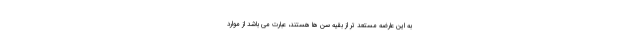
به این عارضه مستعد تر از بقیه سن ها هستند، عبارت می باشد از موارد